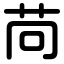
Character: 苘